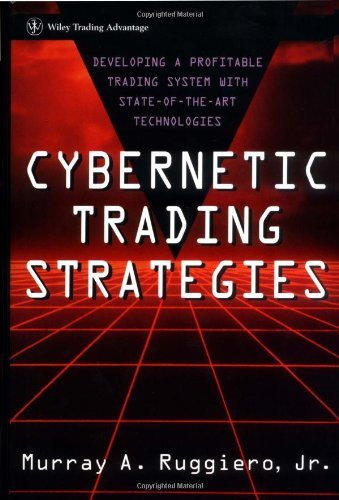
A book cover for Cybernetic Trading Strategies: Developing a Profitable Trading System with State-of-the-Art Technologies: 1st (First) Edition; Murray A. Ruggiero; Computers & Technology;